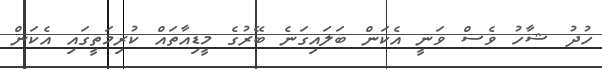
ހުދު ޝާހު ވެސް ވަނީ އެކަން ބަލައިގަނެ ބޭރުގެ މީޑިއާތައް ކުރިމަތީގައި އެކަން